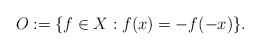
\begin{align*}O := \{ f \in X: f(x) = -f(-x)\}.\end{align*}